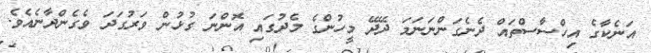
އަނެކާގެ އިހްސާސްތައް ދެނެގަންނަނަމަ ދޭދޭ މީހުންގެ މެދުގައި އޮންނަ ގުޅުން ވަރުގަދަ ވެގެންދާނެއެވެ.